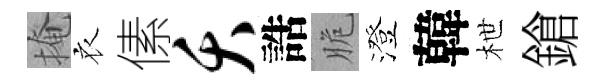
掩衣傃夭誥脆澄韓枻鎗